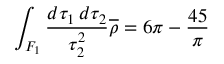
\int _ { { \cal F } _ { 1 } } \frac { d \tau _ { 1 } \, d \tau _ { 2 } } { \tau _ { 2 } ^ { 2 } } \overline { { { \rho } } } = 6 \pi - \frac { 4 5 } { \pi }